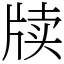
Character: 牍